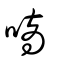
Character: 嘀